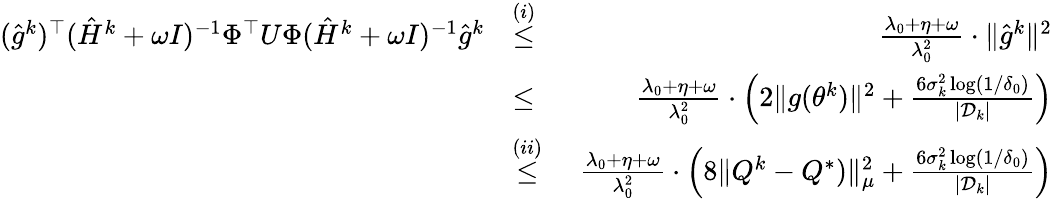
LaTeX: \begin{array}{rlr}{(\hat{g}^{k})^{\top}(\hat{H}^{k}+\omega I)^{-1}\Phi^{\top}U\Phi(\hat{H}^{k}+\omega I)^{-1}\hat{g}^{k}}&{\overset{(i)}{\leq}}&{\, \, \frac{\lambda_{0}+\eta+\omega}{\lambda_{0}^{2}}\cdot\| \hat{g}^{k}\| ^{2}}\\ &{\leq}&{\, \, \frac{\lambda_{0}+\eta+\omega}{\lambda_{0}^{2}}\cdot\left(2\| g(\theta^{k})\| ^{2}+\frac{6\sigma_{k}^{2}\log(1/\delta_{0})}{|\mathcal{D}_{k}|}\right)}\\ &{\overset{(ii)}{\leq}}&{\, \, \frac{\lambda_{0}+\eta+\omega}{\lambda_{0}^{2}}\cdot\left(8\| Q^{k}-Q^{*})\| _{\mu}^{2}+\frac{6\sigma_{k}^{2}\log(1/\delta_{0})}{|\mathcal{D}_{k}|}\right)}\end{array}